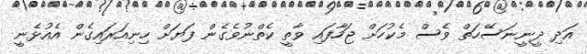
އަދި ދީނީނަސޭހަތް ވެސް މެކުހަށް ޖަހާފައި ވާތީ ކެތްނުވެގެން ފަޔަށް ހިނިއަރައިގެން އެއުޅެނީ